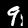
Digit: 9